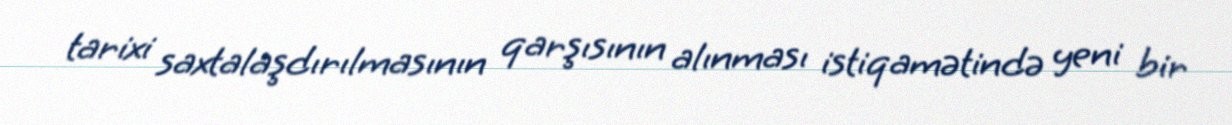
tarixi saxtalaşdırılmasının qarşısının alınması istiqamətində yeni bir